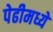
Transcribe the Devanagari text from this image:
पेढीमध्ये